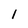
Character: 1